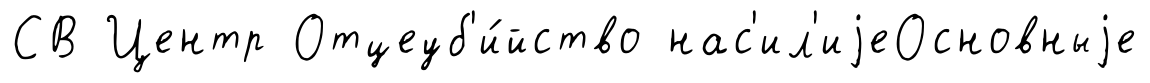
СВ Центр Отцеуб'и́йство нас'ил'иjеОсновныjе